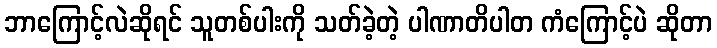
ဘာကြောင့်လဲဆိုရင် သူတစ်ပါးကို သတ်ခဲ့တဲ့ ပါဏာတိပါတ ကံကြောင့်ပဲ ဆိုတာ